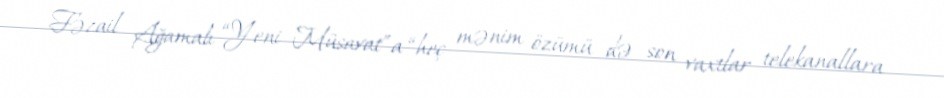
Fəzail Ağamalı “Yeni Müsavat”a “heç mənim özümü də son vaxtlar telekanallara